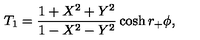
T _ { 1 } = { \frac { 1 + X ^ { 2 } + Y ^ { 2 } } { 1 - X ^ { 2 } - Y ^ { 2 } } } \cosh r _ { + } \phi ,